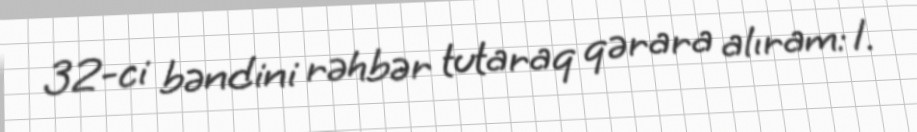
32-ci bəndini rəhbər tutaraq qərara alıram: 1.